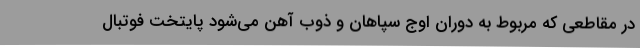
در مقاطعی که مربوط به دوران اوج سپاهان و ذوب‌ آهن می‌شود پایتخت فوتبال